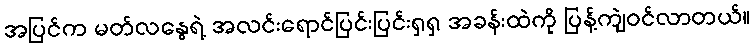
အပြင်က မတ်လနွေရဲ့ အလင်းရောင်ပြင်းပြင်းရှရှ အခန်းထဲကို ပြန့်ကျဲဝင်လာတယ်။